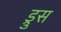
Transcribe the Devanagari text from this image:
ड्रुस